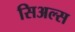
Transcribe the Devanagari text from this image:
सिअल्स